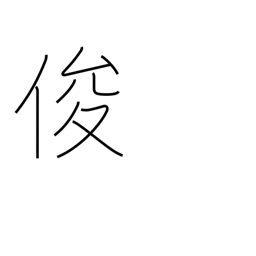
Meaning: sagacious